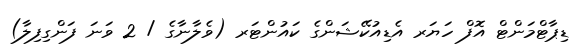
ޑިޕާޓްމަންޓް އޮފް ހަޔަރ އެޑިއުކޭޝަންގެ ކައުންޓަރ (ވެލާނާގެ / 2 ވަނަ ފަންގިފިލާ)